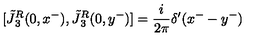
[ \tilde { J } { ^ { R } _ { 3 } } ( 0 , x ^ { - } ) , \tilde { J } { ^ { R } _ { 3 } } ( 0 , y ^ { - } ) ] = { \frac { i } { 2 \pi } } \delta ^ { \prime } ( x ^ { - } - y ^ { - } )